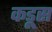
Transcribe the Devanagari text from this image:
कडूस